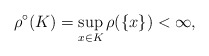
\begin{align*}{ \rho^{\circ}(K) } = { \sup_{x \in K} \rho(\{ x \}) } < { \infty },\end{align*}